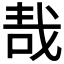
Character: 𠳆